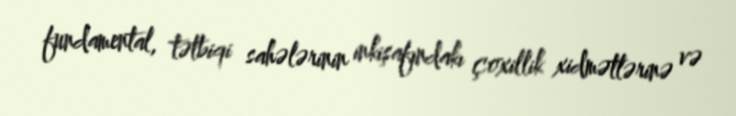
fundamental, tətbiqi sahələrinin inkişafındakı çoxillik xidmətlərinə və